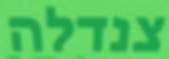
צנדלה